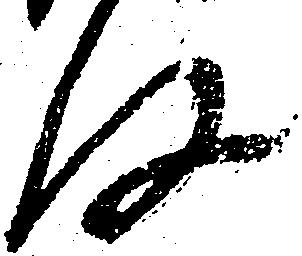
存